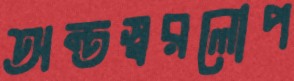
অন্তস্বরলোপ